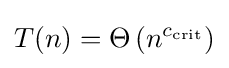
T(n)=\Theta \left(n^{c_{\operatorname {crit} }}\right)